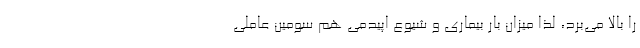
را بالا می‌برد، لذا میزان بار بیماری و شیوع اپیدمی هم سومین عاملی